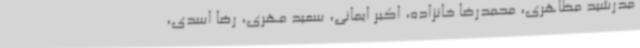
مدرشید مظاهری، محمدرضا خانزاده، اکبر ایمانی، سعید مهری، رضا اسدی،